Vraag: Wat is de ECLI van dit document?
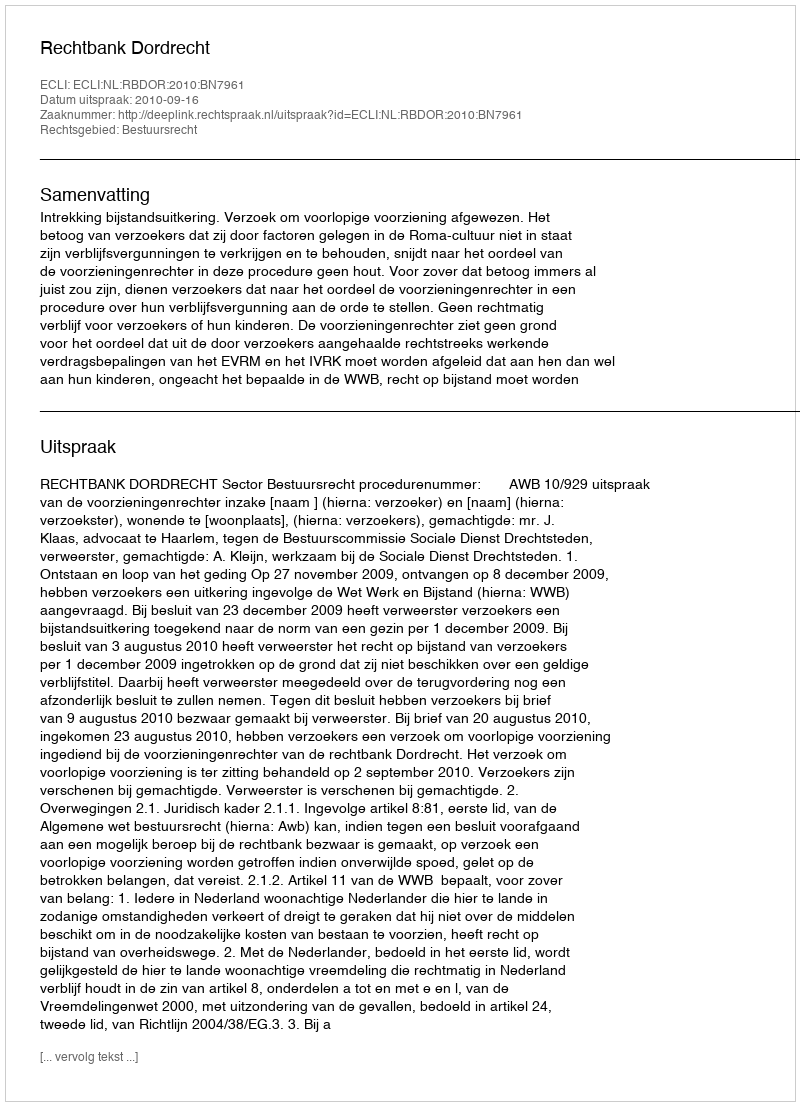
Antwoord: ECLI:NL:RBDOR:2010:BN7961